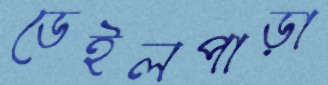
ডেইলপাড়া